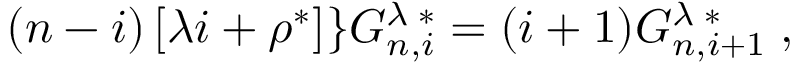
\begin{array} { r } { ( n - i ) \left[ \lambda i + \rho ^ { * } \right] \rbrace G _ { n , i } ^ { \lambda \; * } = ( i + 1 ) G _ { n , i + 1 } ^ { \lambda \; * } \; , } \end{array}